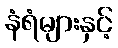
နံရံများနှင့်